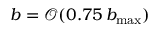
b = \mathcal { O } ( 0 . 7 5 \, b _ { \mathrm { m a x } } )